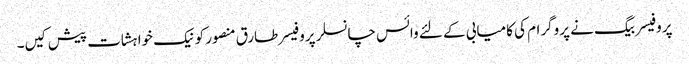
پروفیسر بیگ نے پروگرام کی کامیابی کے لئے وائس چانسلر پروفیسر طارق منصور کو نیک خواہشات پیش کیں۔